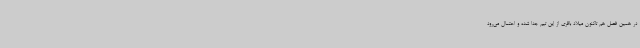
در همین فصل هم تاکنون میلاد باقری از این تیم جدا شده و احتمال می‌رود